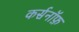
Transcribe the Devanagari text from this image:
कर्सनॉफ़